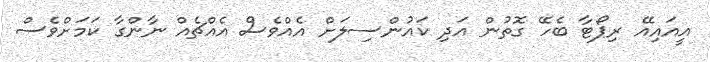
އީއައިއޭ ރިޕޯޓާ ބެހޭ ގޮތުން އަދި ކައުންސިލަށް އެއްވެސް އެއްޗެއް ނާންގާ ކަމަށްވެސް